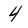
Character: 4